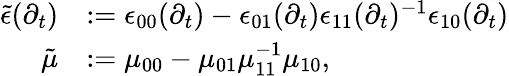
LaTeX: \begin{array}{rl}{\widetilde{\epsilon}(\partial_{t})}&{\mathrel{\mathop:}=\epsilon_{00}(\partial_{t})-\epsilon_{01}(\partial_{t})\epsilon_{11}(\partial_{t})^{-1}\epsilon_{10}(\partial_{t})}\\ {\tilde{\mu}}&{\mathrel{\mathop:}=\mu_{00}-\mu_{01}\mu_{11}^{-1}\mu_{10},}\end{array}